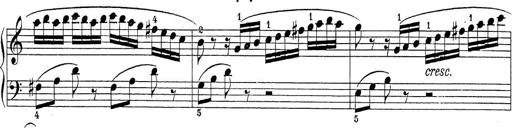
Title: Sonatina Album
Composer: Louis KÃ¶hler